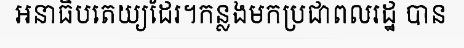
អនាធិបតេយ្យដែរ។កន្លងមកប្រជាពលរដ្ឋ បាន